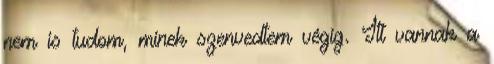
nem is tudom, minek szenvedtem végig. Itt vannak a